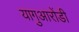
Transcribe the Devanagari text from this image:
यागुआरोंडी